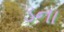
ડના